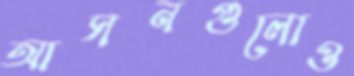
আসনগুলোও